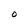
Character: O